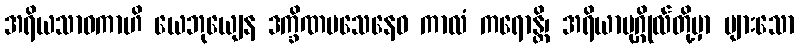
အရိယသာဝကာဟိ ယေဘုယျေန ဒက္ခိဏပသေနေဝ ကာလံ ကရောန္တိ၊ အရိယာပုဂ္ဂိုလ်တို့မှာ များသော